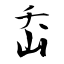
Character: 岙